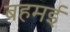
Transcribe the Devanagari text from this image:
बहमई